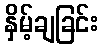
နှိမ့်ချခြင်း